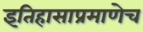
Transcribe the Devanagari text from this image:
इतिहासाप्रमाणेच